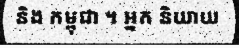
និង កម្ពុជា ។ អ្នក និយាយ